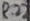
Text: R22